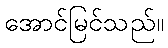
အောင်မြင်သည်။